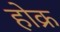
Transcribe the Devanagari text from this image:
होक्र